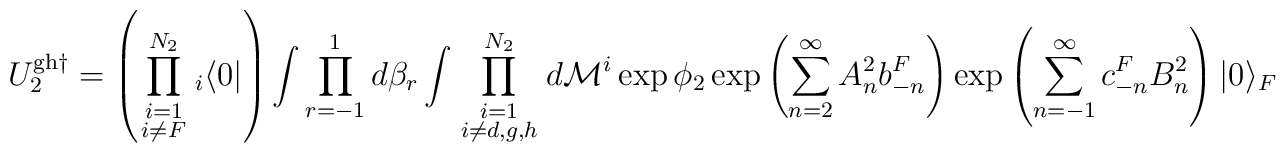
U^{{\rm gh}\dagger }_2 = \left( \prod_{\scriptstyle i=1\atop \scriptstyle i\neq F}^{N_2}{ }_i\langle 0|\right) \int \prod_{r=-1}^1d\beta _r\int \prod_{\scriptstyle i=1\atop \scriptstyle i\neq d,g,h}^{N_2}d{\cal M}^i \exp {\phi _2}\exp \left( \sum_{n=2}^\infty A_n^2b_{-n}^F\right) \exp \left( \sum_{n=-1}^\infty c_{-n}^FB_n^2\right) |0\rangle _F